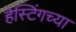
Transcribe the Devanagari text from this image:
हेस्टिंगच्या